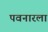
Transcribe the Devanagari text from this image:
पवनारला